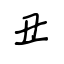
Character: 丑